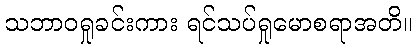
သဘာဝရှုခင်းကား ရင်သပ်ရှုမောစရာအတိ။